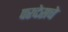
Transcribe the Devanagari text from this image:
परदेसचे